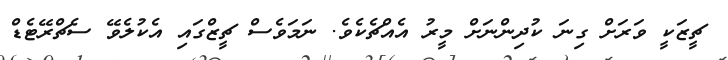
ޗީޒަކީ ވަރަށް ގިނަ ކުދިންނަށް މީރު އެއްޗެކެވެ. ނަމަވެސް ޗީޒްގައި އެކުލެވޭ ސެޗްރޭޓެޑް